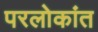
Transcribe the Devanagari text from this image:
परलोकांत